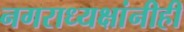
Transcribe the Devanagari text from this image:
नगराध्यक्षांनीही